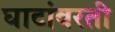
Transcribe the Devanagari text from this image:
घाटांवरती